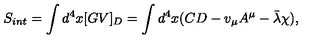
S _ { i n t } = \int d ^ { 4 } x [ G V ] _ { D } = \int d ^ { 4 } x ( C D - v _ { \mu } A ^ { \mu } - \bar { \lambda } \chi ) ,